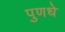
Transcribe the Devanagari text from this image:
पुणधे